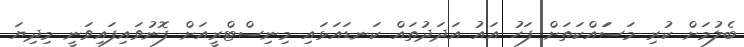
ބެލުމަށް ކުރި މަސަައްކަތަށް ފަހު އައު އަދަދުތައް ކަނޑައަޅައި މިނިސްޓްރީއަށް ފޮނުވައިފައިވަނީ މިދިޔަ